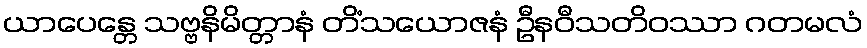
ယာပေန္တေ သဗ္ဗနိမိတ္တာနံ တိံသယောဇနံ ဦနဝီသတိဝဿာ ဂတမလံ